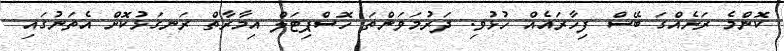
ކޮންމެ ރަށެއްގަ ބޭސް ފިހާރައެއް ހުޅުވި. ދަރުމަވަންތަ ހޮސްޕިޓަލް އިމާރާތް ރަނގަޅުކޮށް އެތަނުގައި